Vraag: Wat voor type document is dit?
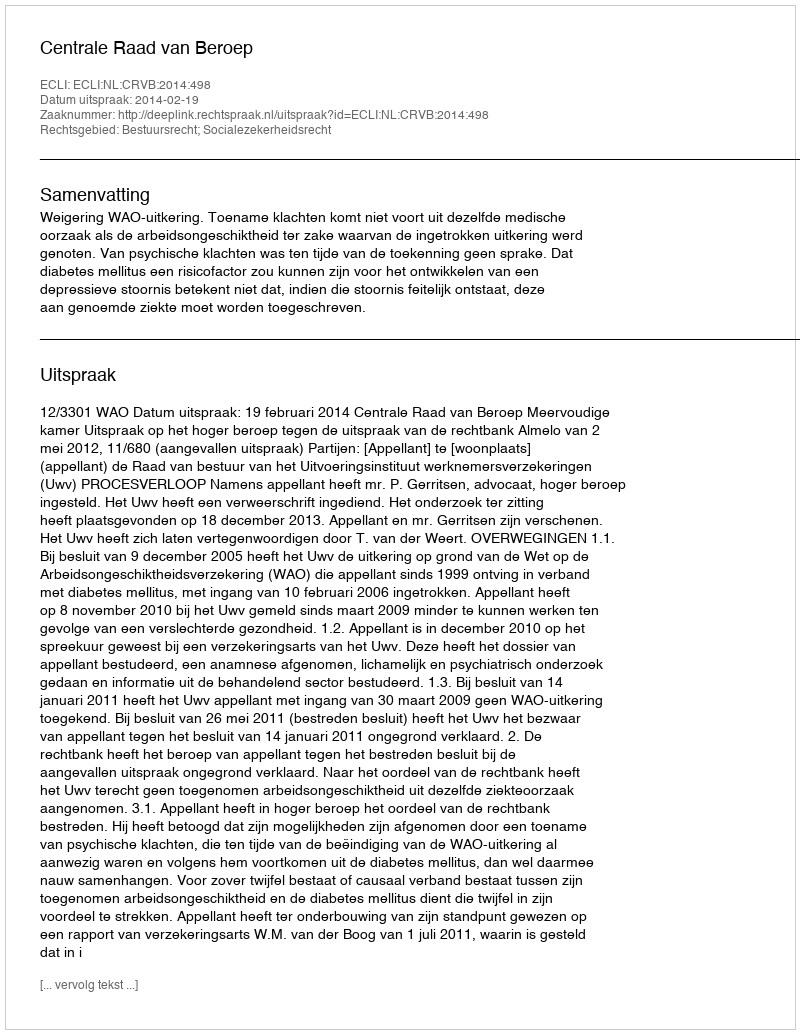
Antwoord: Uitspraak